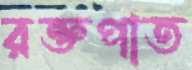
রক্তপাত